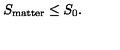
S _ { \mathrm { m a t t e r } } \leq S _ { 0 } .